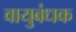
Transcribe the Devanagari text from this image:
वायुबंधक